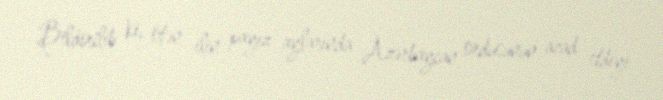
Bildirilib ki, ötən ilin payız aylarında Azərbaycan ordusunun azad etdiyi